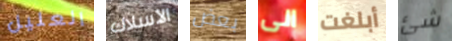
العليل الأسلاك بعض الى أبلغت شئ